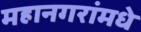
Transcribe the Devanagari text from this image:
महानगरांमधे